King Institute of Preventive Medicine Micro-Biological Section reports 1909-11
Year: 1909
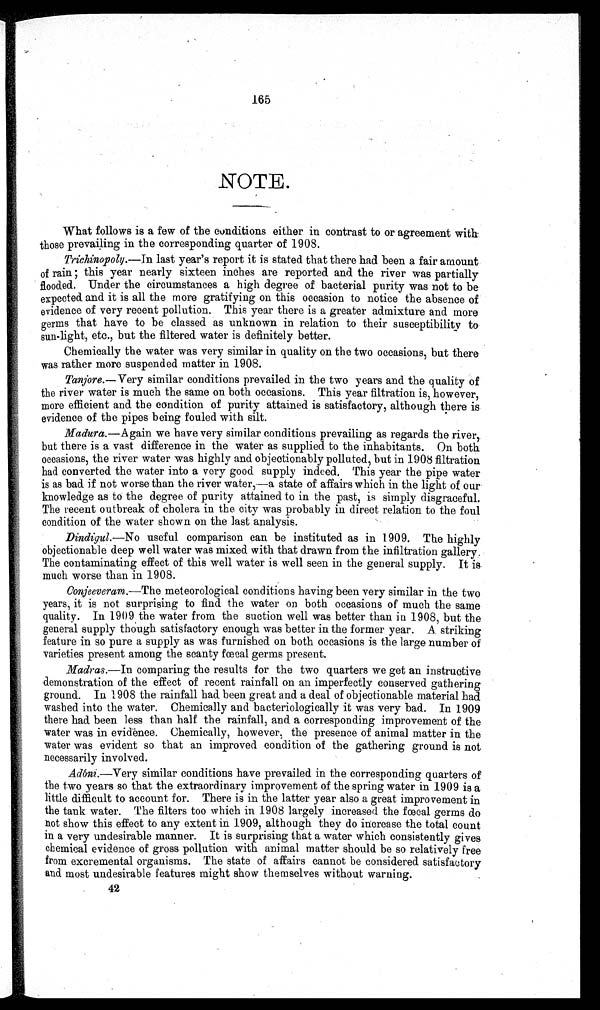
165
NOTE
What follows is a few of the conditions either in contrast to or agreement with
those prevailing in the corresponding quarter of 1908.
Trichnopoly.—In last year's report it is stated that there had been a fair amount
of rain; this year nearly sixteen inches are reported and the river was partially
flooded. Under the circumstances a high degree of bacterial purity was not to be
expected and it is all the more gratifying on this occasion to notice the absence of
evidence of very recent pollution. This year there is a greater admixture and more
germs that have to be classed as unknown in relation to their susceptibility to
sun-light, etc., but the filtered water is definitely better.
Chemically the water was very similar in quality on the two occasions, but there
was rather more suspended matter in 1908.
Tanjore .—Very similar conditions prevailed in the two years and the quality of
the river water is much the same on both occasions. This year filtration is, however,
more efficient and the condition of purity attained is satisfactory, although there is
evidence of the pipes being fouled with silt.
Madura .—Again we have very similar conditions prevailing as regards the river,
but there is a vast difference in the water as supplied to the inhabitants. On both
occasions, the river water was highly and objectionably polluted, but in 1908 filtration
had converted the water into a very good supply indeed. This year the pipe water
is as bad if not worse than the river water,—a state of affairs which in the light of our
knowledge as to the degree of purity attained to in the past, is simply disgraceful.
The recent outbreak of cholera in the city was probably in direct relation to the foul
condition of the water shown on the last analysis.
Dindigul.—No
useful comparison can be instituted as in 1909. The highly
objectionable deep well water was mixed with that drawn from the infiltration gallery.
The contaminating effect of this well water is well seen in the general supply. It is
much worse than in 1908.
Conjeeveram .—The meteorological conditions having been very similar in the two
years, it is not surprising to find the water on both occasions of much the same
quality. In 1909 the water from the suction well was better than in 1908, but the
general supply though satisfactory enough was better in the former year. A striking
feature in so pure a supply as was furnished on both occasions is the large number of
varieties present among the scanty fœcal germs present.
Madras .—In comparing the results for the two quarters we get an instructive
demonstration of the effect of recent rainfall on an imperfectly conserved gathering
ground. In 1908 the rainfall had been great and a deal of objectionable material had
washed into the water. Chemically and bacteriologically it was very bad. In 1909
there had been less than half the rainfall, and a corresponding improvement of the
water was in evidence. Chemically, however, the presence of animal matter in the
water was evident so that an improved condition of the gathering ground is not
necessarily involved.
Adóni .—Very similar conditions have prevailed in the corresponding quarters of
the two years so that the extraordinary improvement of the spring water in 1909 is a
little difficult to account for. There is in the latter year also a great improvement in
the tank water. The filters too which in 1908 largely increased the fœcal germs do
not show this effect to any extent in 1909, although they do increase the total count
in a very undesirable manner. It is surprising that a water which consistently gives
chemical evidence of gross pollution with animal matter should be so relatively free
from excremental organisms. The state of affairs cannot be considered satisfactory
and most undesirable features might show themselves without warning.
42